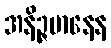
အနိဉ္ဇမာနေန